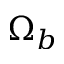
\Omega _ { b }